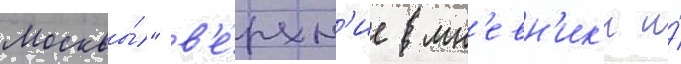
Москвы́" в'е́рхн'ие мн'евн'ик'и и́